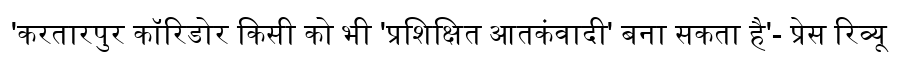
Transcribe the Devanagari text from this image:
'करतारपुर कॉरिडोर किसी को भी 'प्रशिक्षित आतकंवादी' बना सकता है'- प्रेस रिव्यू